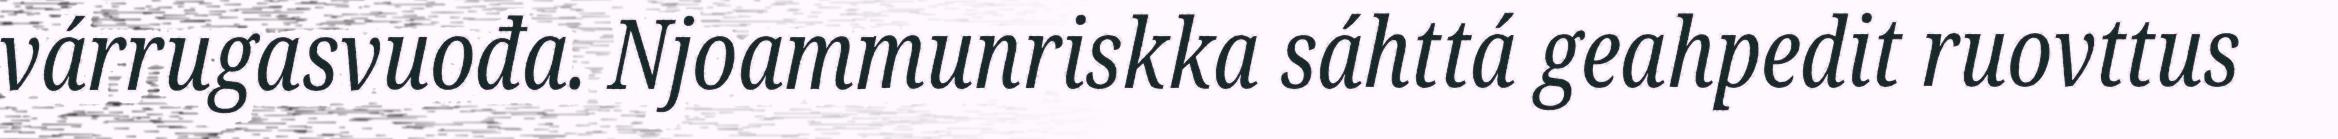
várrugasvuođa. Njoammunriskka sáhttá geahpedit ruovttus